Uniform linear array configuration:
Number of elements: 24
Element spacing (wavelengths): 1
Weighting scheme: blackman
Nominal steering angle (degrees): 0
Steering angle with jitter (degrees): -0.7543
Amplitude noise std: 0.05
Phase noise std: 0.05

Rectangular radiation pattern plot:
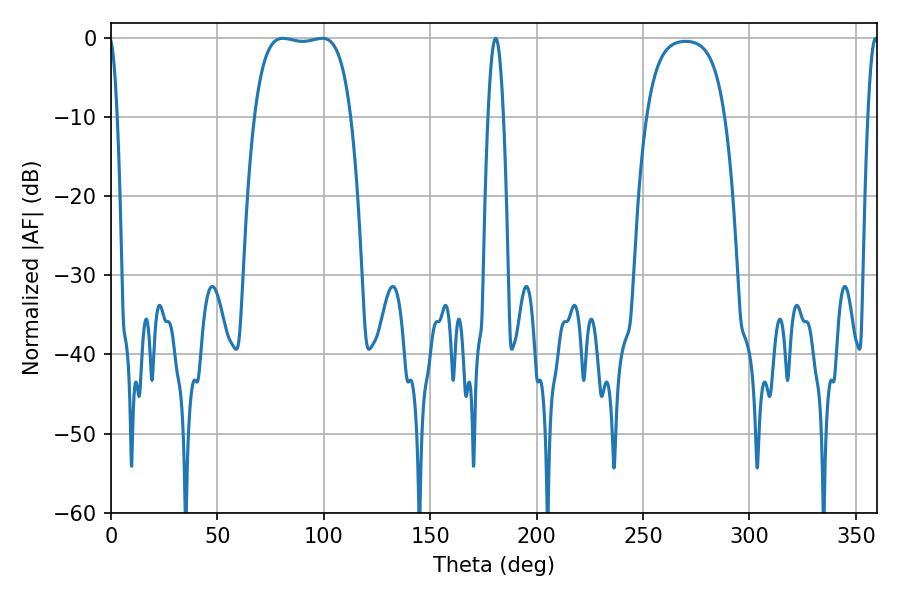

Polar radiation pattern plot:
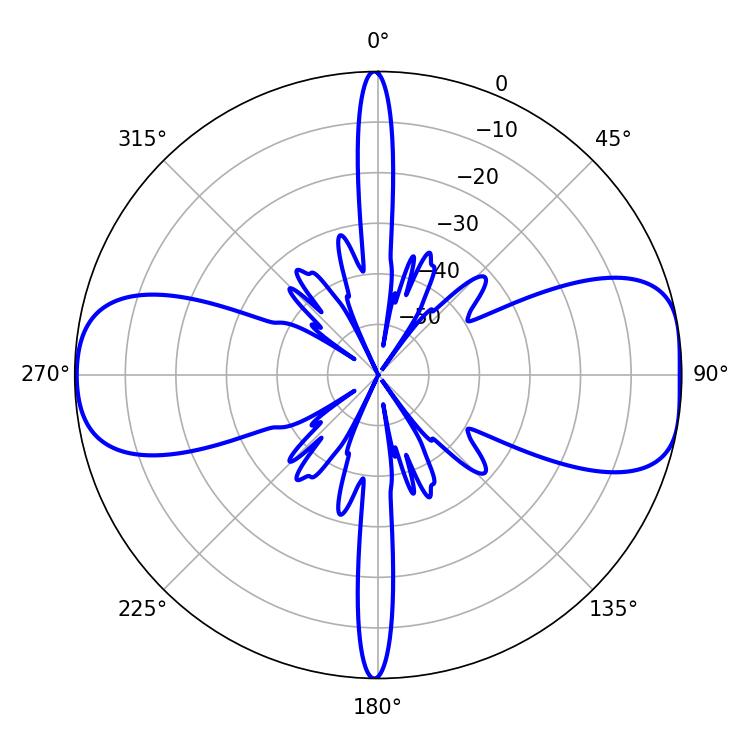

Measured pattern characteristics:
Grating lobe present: TRUE
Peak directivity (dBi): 9.981
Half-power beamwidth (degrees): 35.64
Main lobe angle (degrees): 80.82